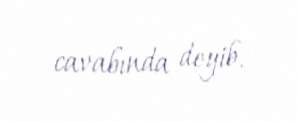
cavabında deyib.